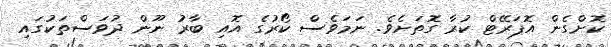
ކޮށްގެން އޮޕަރޭޓް ކުރާ ގޮތަށެވެ. ނަމަވެސް ކޯރުގެ އޮއި ބާރު ނޫން ދުވަސްތަކުގައި